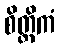
စိတ္တိကံ